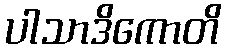
ပါသာဒိကောတိ